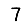
Digit: 7